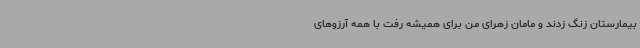
بیمارستان زنگ زدند و مامان زهرای من برای همیشه رفت با همه آرزوهای